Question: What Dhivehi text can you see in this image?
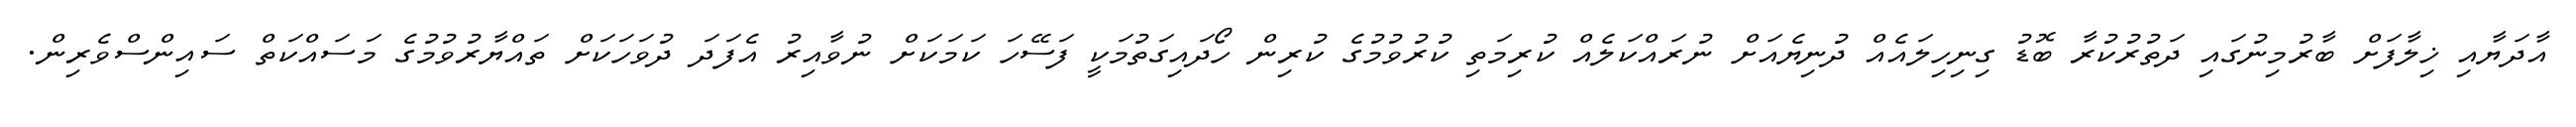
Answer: އާދަޔާއި ޚިލާފަށް ބާރުމިނުގައި ދަތުރުކުރާ ބޮޑު ގިނިހިލައެއް ދުނިޔެއަށް ނުރައްކަލެއް ކުރިމަތި ކުރުވުމުގެ ކުރިން ހޯދައިގަތުމަކީ ފަސޭހަ ކަމަކަށް ނުވާއިރު އެފަދަ ދުވަހަކަށް ތައްޔާރުވުމުގެ މަސައްކަތް ސައިންސްވެރިން.